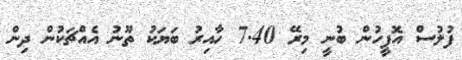
ފުލުސް އޮފީހުން ބުނީ މިރޭ 7.40 ހާއިރު ބަޔަކު ތޫނު އެއްޗަކުން ދިން